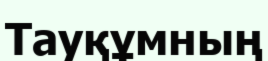
Тауқұмның